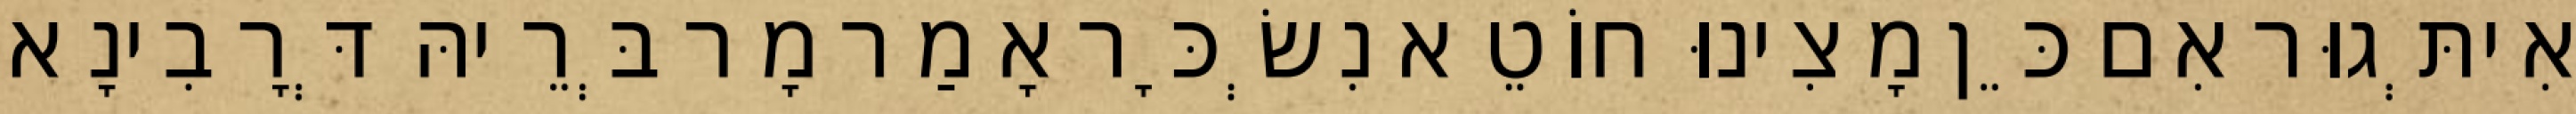
אִיתְּגוּר אִם כֵּן מָצִינוּ חוֹטֵא נִשְׂכָּר אָמַר מָר בְּרֵיהּ דְּרָבִינָא